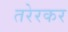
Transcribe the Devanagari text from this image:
तरेरकर